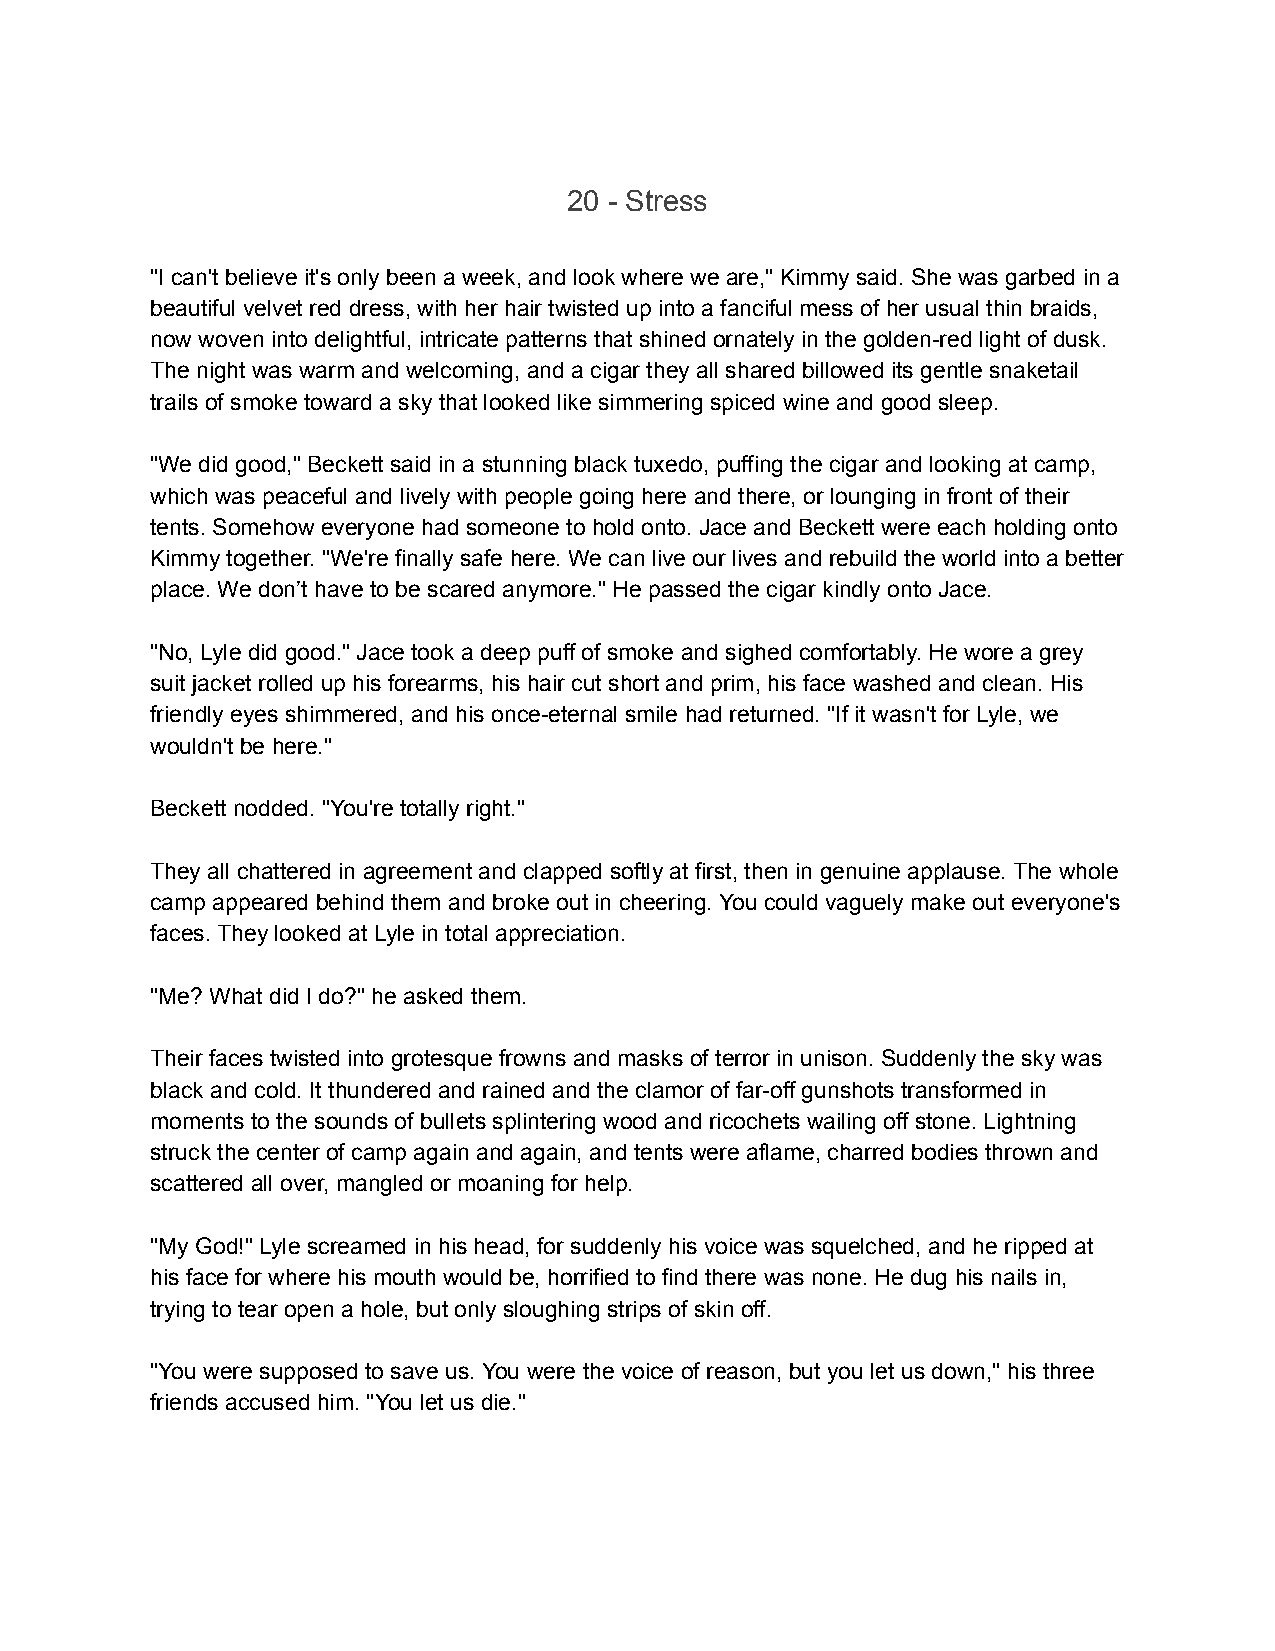
20 - Stress
 "I can't believe it's only been a week, and look where we are," Kimmy said. She was garbed in a
 beautiful velvet red dress, with her hair twisted up into a fanciful mess of her usual thin braids,
 now woven into delightful, intricate patterns that shined ornately in the golden-red light of dusk.
 The night was warm and welcoming, and a cigar they all shared billowed its gentle snaketail
 trails of smoke toward a sky that looked like simmering spiced wine and good sleep.
 "We did good," Beckett said in a stunning black tuxedo, puffing the cigar and looking at camp,
 which was peaceful and lively with people going here and there, or lounging in front of their
 tents. Somehow everyone had someone to hold onto. Jace and Beckett were each holding onto
 Kimmy together. "We're finally safe here. We can live our lives and rebuild the world into a better
 place. We don’t have to be scared anymore." He passed the cigar kindly onto Jace.
 "No, Lyle did good." Jace took a deep puff of smoke and sighed comfortably. He wore a grey
 suit jacket rolled up his forearms, his hair cut short and prim, his face washed and clean. His
 friendly eyes shimmered, and his once-eternal smile had returned. "If it wasn't for Lyle, we
 wouldn't be here."
 Beckett nodded. "You're totally right."
 They all chattered in agreement and clapped softly at first, then in genuine applause. The whole
 camp appeared behind them and broke out in cheering. You could vaguely make out everyone's
 faces. They looked at Lyle in total appreciation.
 "Me? What did I do?" he asked them.
 Their faces twisted into grotesque frowns and masks of terror in unison. Suddenly the sky was
 black and cold. It thundered and rained and the clamor of far-off gunshots transformed in
 moments to the sounds of bullets splintering wood and ricochets wailing off stone. Lightning
 struck the center of camp again and again, and tents were aflame, charred bodies thrown and
 scattered all over, mangled or moaning for help.
 "My God!" Lyle screamed in his head, for suddenly his voice was squelched, and he ripped at
 his face for where his mouth would be, horrified to find there was none. He dug his nails in,
 trying to tear open a hole, but only sloughing strips of skin off.
 "You were supposed to save us. You were the voice of reason, but you let us down," his three
 friends accused him. "You let us die."